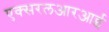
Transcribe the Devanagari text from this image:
एक्सरलआरआर्इ